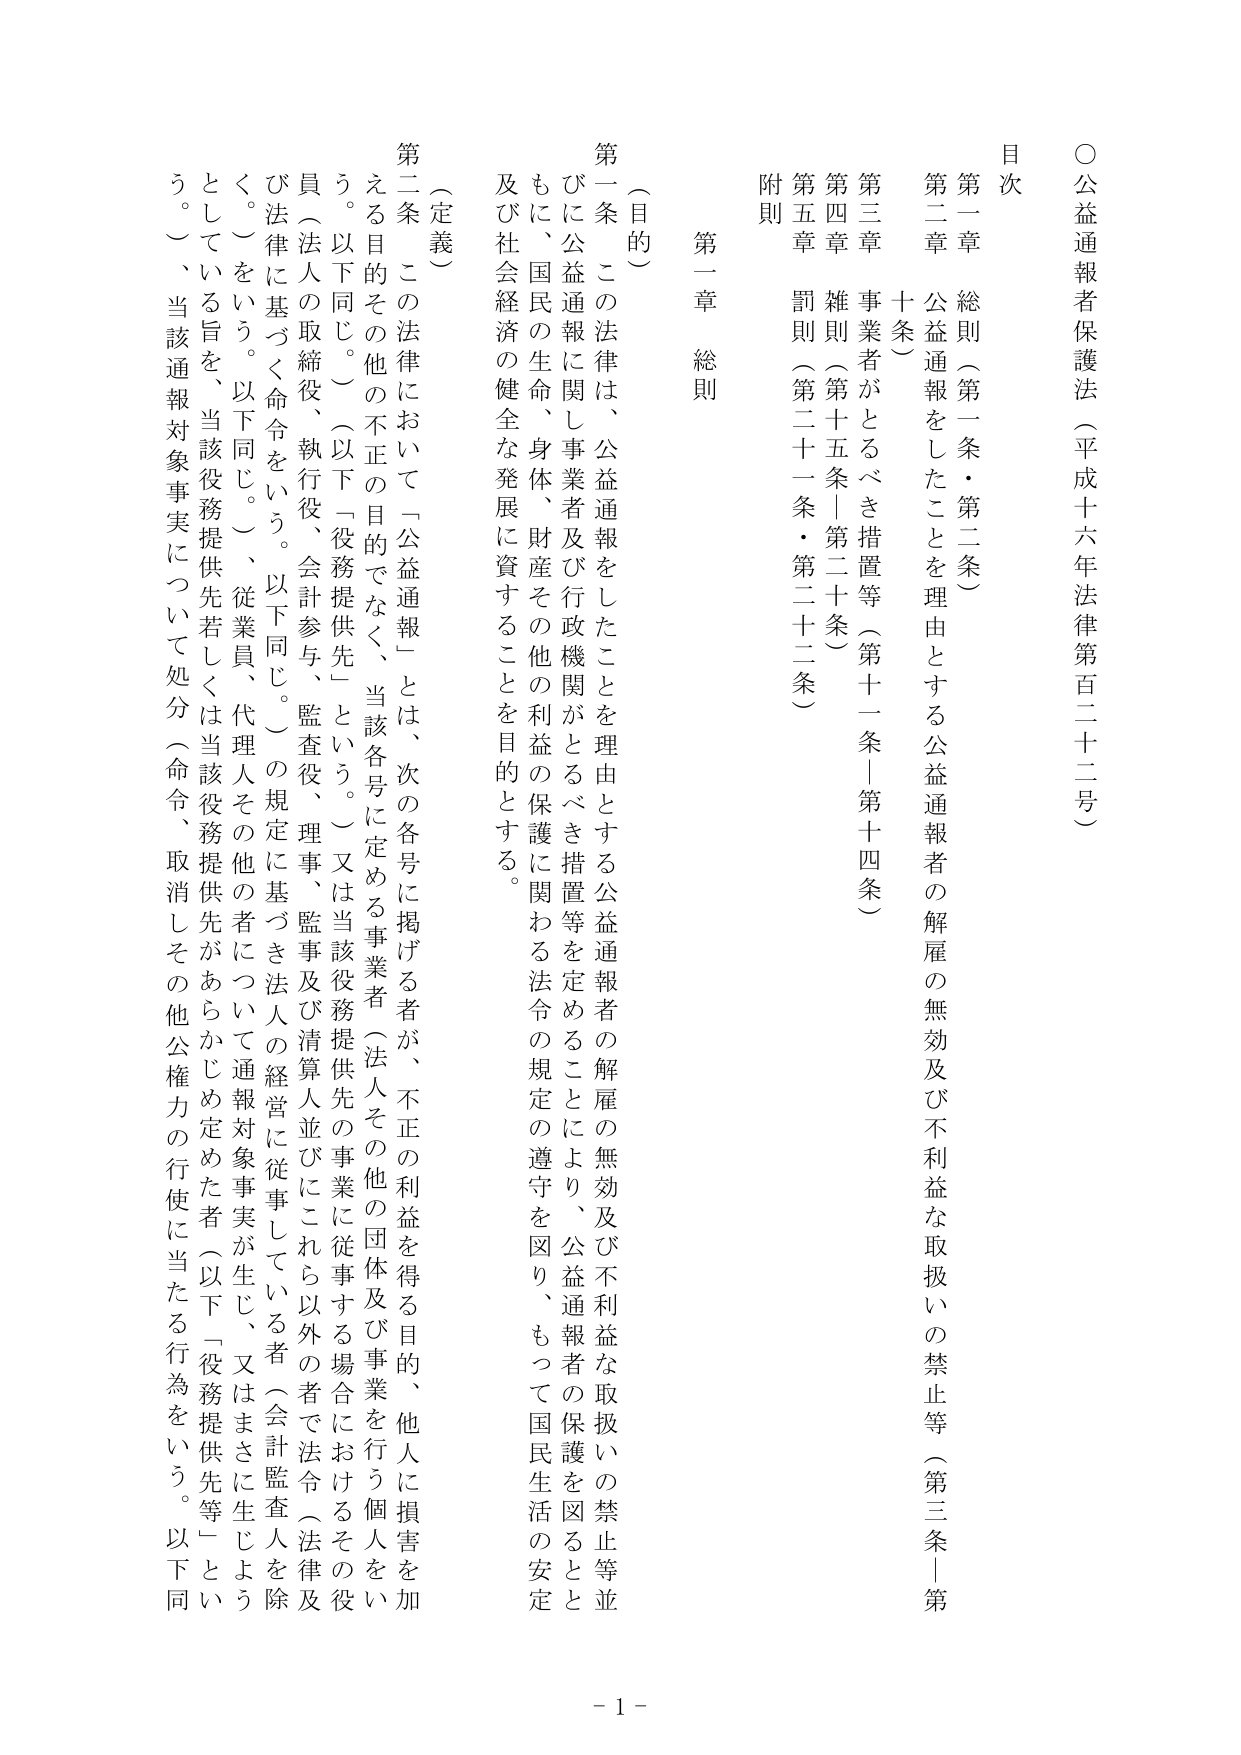
○公益通報者保護法（平成十六年法律第百二十二号）

目次
第一章 総則（第一条・第二条）
第二章 公益通報をしたことを理由とする公益通報者の解雇の無効及び不利益な取扱いの禁止等（第三条｜第十条）
第三章 事業者がとるべき措置等（第十一条｜第十四条）
第四章 雑則（第十五条｜第二十条）
第五章 罰則（第二十一条・第二十二条）
附則

第一章 総則

（目的）
第一条 この法律は、公益通報をしたこと等を理由とする公益通報者の解雇の無効及び不利益な取扱いの禁止等並びに公益通報に関し事業者及び行政機関がとるべき措置等を定めることにより、公益通報者の保護を図るとともに、国民の生命、身体、財産その他の利益の保護に関わる法令の遵守を図り、もって国民生活の安定及び社会経済の健全な発展に資することを目的とする。

（定義）
第二条 この法律において「公益通報」とは、次の各号に掲げる者が、不正の利益を得る目的、他人に損害を加える目的その他の不正の目的でなく、当該各号に定める事業者（法人その他の団体及び事業を行う個人をいう。以下同じ。）（以下「役務提供先」という。）又は当該役務提供先の事業に従事する場合におけるその役員（法人の取締役、執行役、会計参与、監査役、理事、監事及び清算人並びにこれら以外の者で法令（法律及び法律に基づく命令をいう。以下同じ。）の規定に基づき法人の経営に従事している者（会計監査人を除く。）をいう。以下同じ。）、従業員、代理人その他の者について通報対象事実が生じ、又はまさには生じようとしている旨を、当該役務提供先若しくは当該役務提供先があらかじめ定めた者（以下「役務提供先等」という。）、当該通報対象事実について処分（命令、取消しその他公権力の行使に当たる行為をいう。以下同

- 1 -